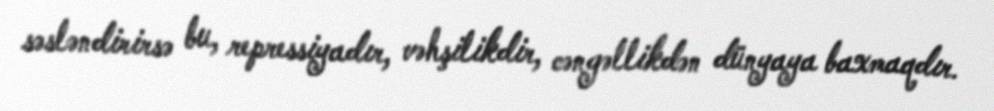
səsləndirirsə bu, repressiyadır, vəhşilikdir, cəngəllikdən dünyaya baxmaqdır.